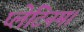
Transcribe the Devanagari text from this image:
प्लेटिनम।